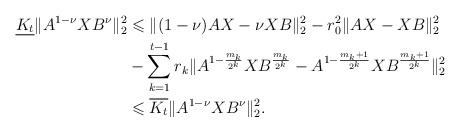
LaTeX: \begin{align*}\underline{K _{t}} \|A^{1-\nu}XB^{\nu}\|_{2}^{2} &\leqslant \|(1-\nu)AX-\nu XB \|_{2}^{2} -r_{0}^{2}\|AX-XB\|_{2}^{2} \\& -\sum _{k=1}^{t-1}r_{k}\|A^{1-\frac{m_{k}}{2^{k}}}XB^{\frac{m_{k}}{2^{k}}}-A^{1-\frac{m_{k}+1}{2^{k}}}XB^{\frac{m_{k}+1}{2^{k}}} \|_{2}^{2} \\&\leqslant \overline{K _{t}} \|A^{1-\nu}XB^{\nu}\|_{2}^{2} .\end{align*}